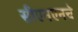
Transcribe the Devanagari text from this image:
सीएनएनचे